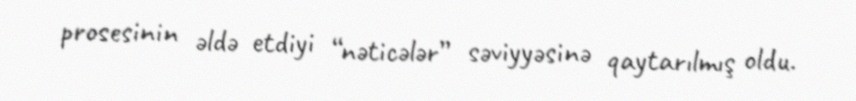
prosesinin əldə etdiyi “nəticələr” səviyyəsinə qaytarılmış oldu.